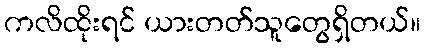
ကလိထိုးရင် ယားတတ်သူတွေရှိတယ်။